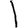
Digit: 1